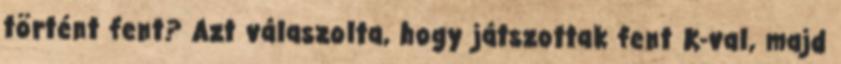
történt fent? Azt válaszolta, hogy játszottak fent K-val, majd